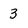
Character: 3